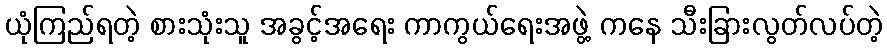
ယုံကြည်ရတဲ့ စားသုံးသူ အခွင့်အရေး ကာကွယ်ရေးအဖွဲ့ ကနေ သီးခြားလွတ်လပ်တဲ့